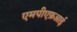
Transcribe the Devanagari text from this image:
एमपीएफ़आई